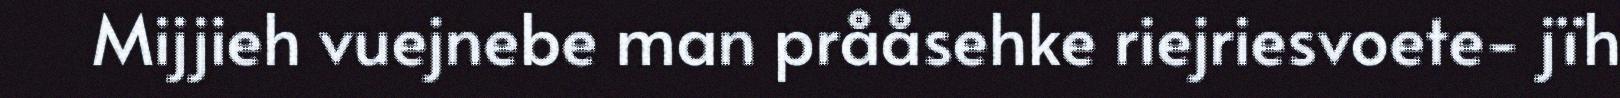
Mijjieh vuejnebe man prååsehke riejriesvoete- jïh